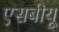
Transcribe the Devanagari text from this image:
एसबीयू